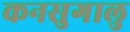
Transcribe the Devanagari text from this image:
कनसुगालु